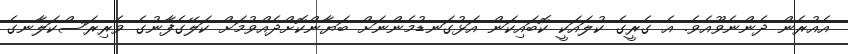
އެއުރެން ދެންނެވޫއެވެ. އެ ގެރީގެ ކުލައަކީ ކޮބައިކަން އަޅުގަނޑުމެންނަށް ބަޔާންކޮށްދެއްވުމަށް ކަލޭގެފާނުގެ ވެރިރަސްކަލާނގެ